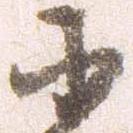
小